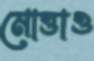
মোত্তাও